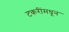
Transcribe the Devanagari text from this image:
टकरींमधून